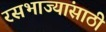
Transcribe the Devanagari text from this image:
रसभाज्यांसाठी